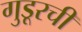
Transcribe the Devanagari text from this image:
गुडूरची